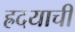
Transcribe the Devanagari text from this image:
ह्रदयाची